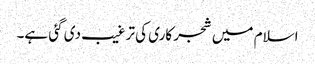
اسلام میں شجر کاری کی ترغیب دی گئی ہے۔